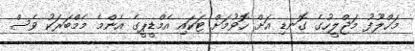
މަޚްލޫފު މަޖްލީހުގެ ގޮނޑި އަށް ހޮވުމަށް ޓަކައި އެމްޑީޕީގެ އެންމެ މެމްބަރަކު ވެސް